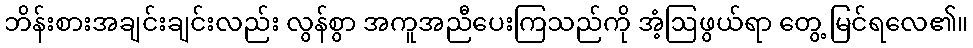
ဘိန်းစားအချင်းချင်းလည်း လွန်စွာ အကူအညီပေးကြသည်ကို အံ့ဩဖွယ်ရာ တွေ့ မြင်ရလေ၏။